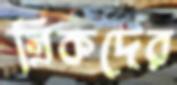
গ্রিকদের